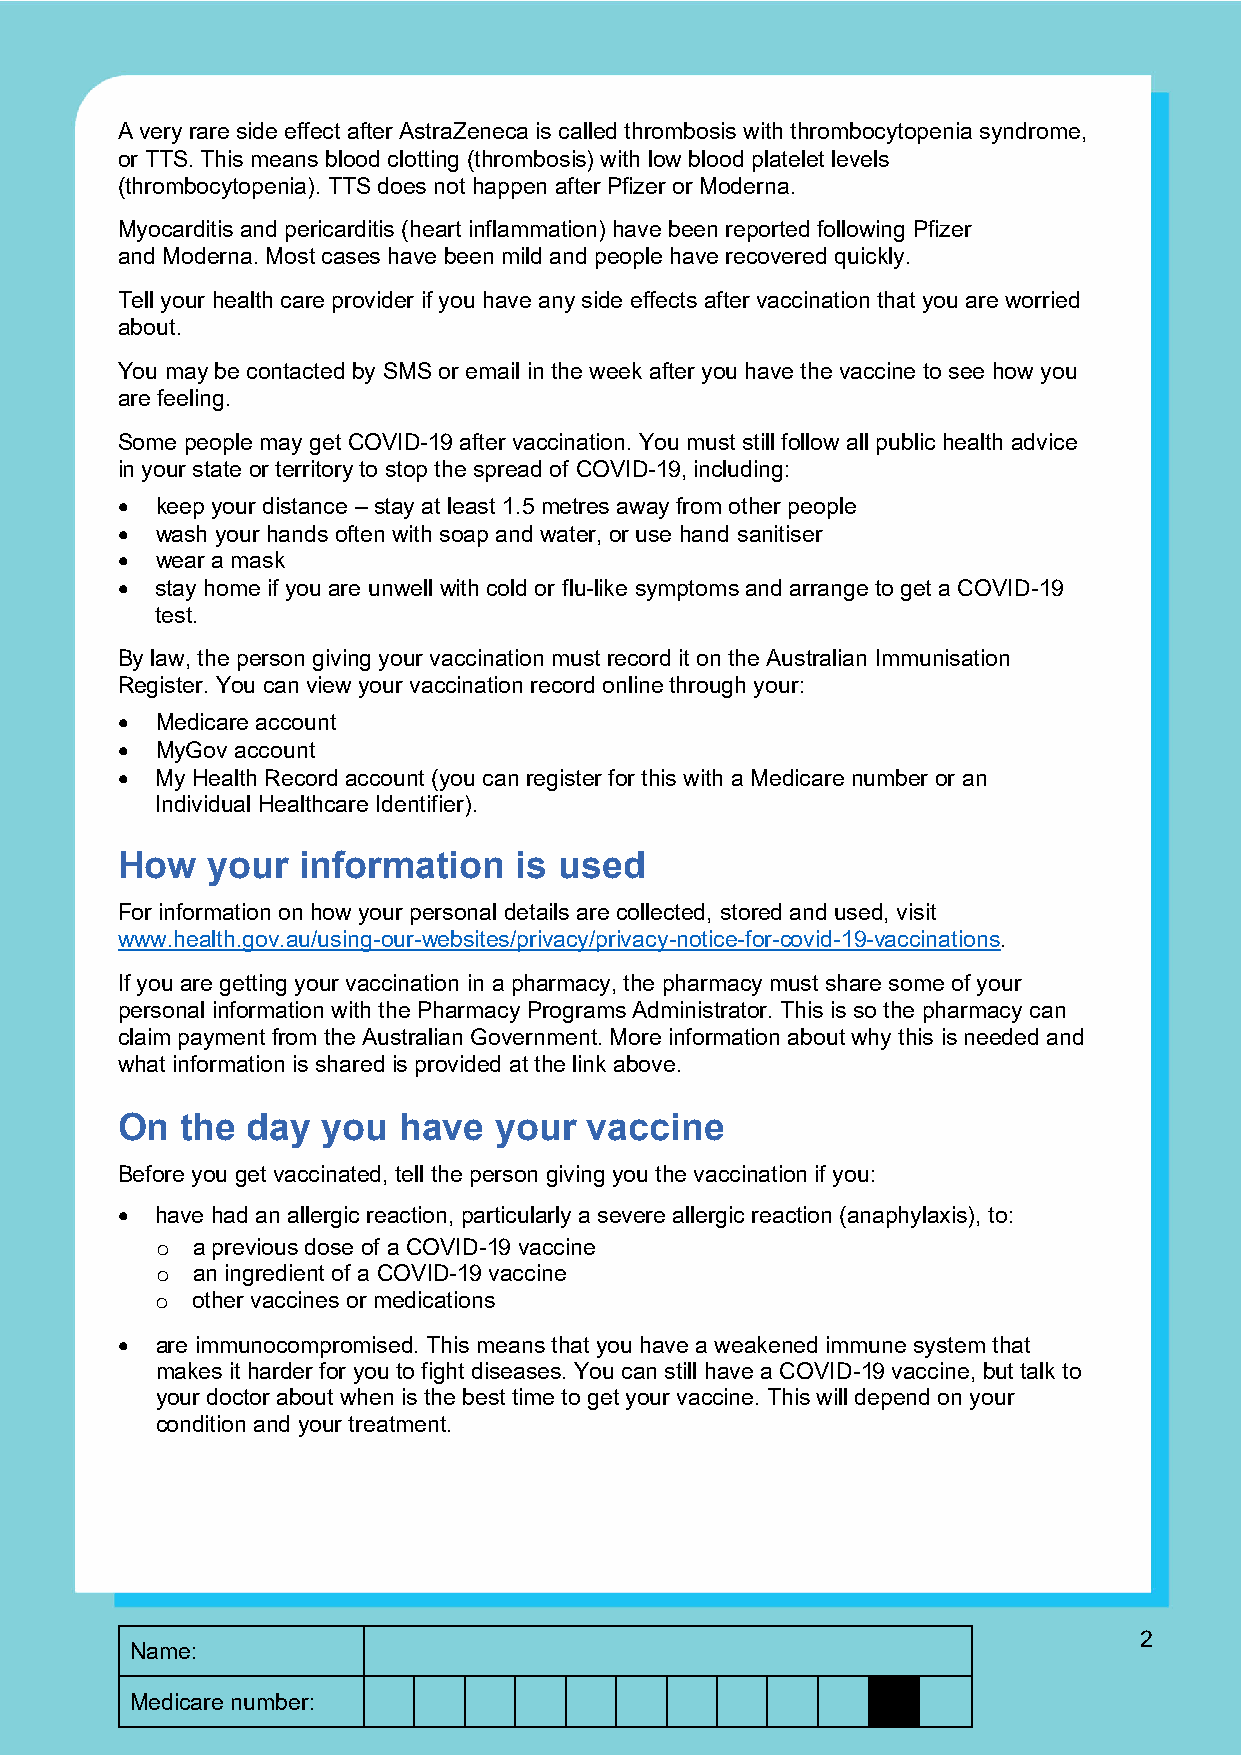
A very rare side effect after AstraZeneca is called thrombosis with thrombocytopenia syndrome,
 or TTS. This means blood clotting (thrombosis) with low blood platelet levels
 (thrombocytopenia). TTS does not happen after Pfizer or Moderna.
 Myocarditis and pericarditis (heart inflammation) have been reported following Pfizer
 and Moderna. Most cases have been mild and people have recovered quickly.
 Tell your health care provider if you have any side effects after vaccination that you are worried
 about.
 You may be contacted by SMS or email in the week after you have the vaccine to see how you
 are feeling.
 Some people may get COVID-19 after vaccination. You must still follow all public health advice
 in your state or territory to stop the spread of COVID-19, including:
 • keep your distance – stay at least 1.5 metres away from other people
 • wash your hands often with soap and water, or use hand sanitiser
 • wear a mask
 • stay home if you are unwell with cold or flu-like symptoms and arrange to get a COVID-19
 test.
 By law, the person giving your vaccination must record it on the Australian Immunisation
 Register. You can view your vaccination record online through your:
 • Medicare account
 • MyGov account
 • My Health Record account (you can register for this with a Medicare number or an
 Individual Healthcare Identifier).
 How   your  information   is used
 For information on how your personal details are collected, stored and used, visit
 www.health.gov.au/using-our-websites/privacy/privacy-notice-for-covid-19-vaccinations.
 If you are getting your vaccination in a pharmacy, the pharmacy must share some of your
 personal information with the Pharmacy Programs Administrator. This is so the pharmacy can
 claim payment from the Australian Government. More information about why this is needed and
 what information is shared is provided at the link above.
 On  the day  you  have   your  vaccine
 Before you get vaccinated, tell the person giving you the vaccination if you:
 • have had an allergic reaction, particularly a severe allergic reaction (anaphylaxis), to:
 a previous dose of a COVID-19 vaccine
 o
 an ingredient of a COVID-19 vaccine
 o
 other vaccines or medications
 o
 • are immunocompromised. This means that you have a weakened immune system that
 makes it harder for you to fight diseases. You can still have a COVID-19 vaccine, but talk to
 your doctor about when is the best time to get your vaccine. This will depend on your
 condition and your treatment.
 2
 Name:
 Medicare number: